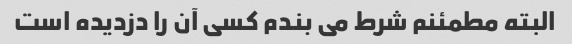
البته مطمئنم شرط می بندم کسی آن را دزدیده است